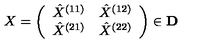
X = \left( \begin{array} { c c } { \hat { X } ^ { ( 1 1 ) } } & { \hat { X } ^ { ( 1 2 ) } } \\ { \hat { X } ^ { ( 2 1 ) } } & { \hat { X } ^ { ( 2 2 ) } } \\ \end{array} \right) \in { \bf D }